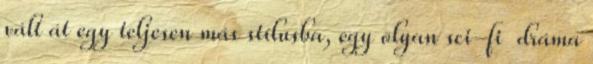
vált át egy teljesen más stílusba, egy olyan sci-fi dráma